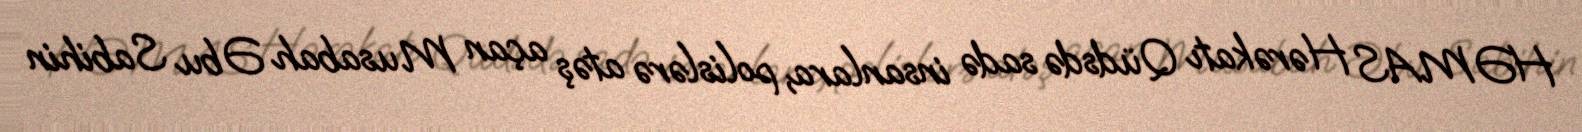
HƏMAS Hərəkatı Qüdsdə sadə insanlara, polislərə atəş açan Musabah Əbu Sabihin